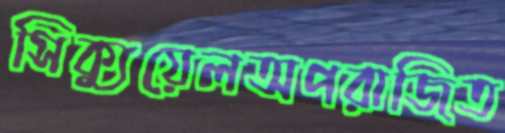
সিক্যুয়েলঅপরাজিত